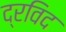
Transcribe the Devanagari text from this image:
द्रविद